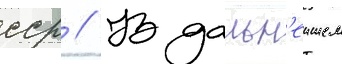
сср // В дальн'еишем